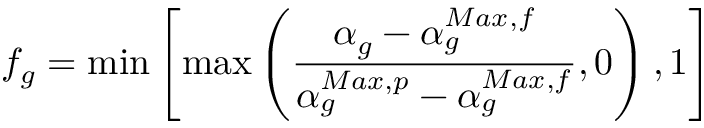
f _ { g } = \operatorname* { m i n } \left[ \operatorname* { m a x } \left( \frac { \alpha _ { g } - \alpha _ { g } ^ { M a x , f } } { \alpha _ { g } ^ { M a x , p } - \alpha _ { g } ^ { M a x , f } } , 0 \right) , 1 \right]